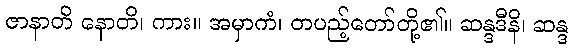
ဇာနာတိ နောတိ၊ ကား။ အမှာကံ၊ တပည့်တော်တို့၏။ ဆန္ဒဒီနိ၊ ဆန္ဒ